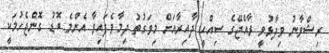
ރިޝްވާނު ވިދާޅުވީ ރާއްޖޭގެ ސިއްހީ ދާއިރާއަށް މިވަގުތު ދިމާވެފައިވާ އެންމެ ބޮޑު ގޮންޖެހުމަކީ